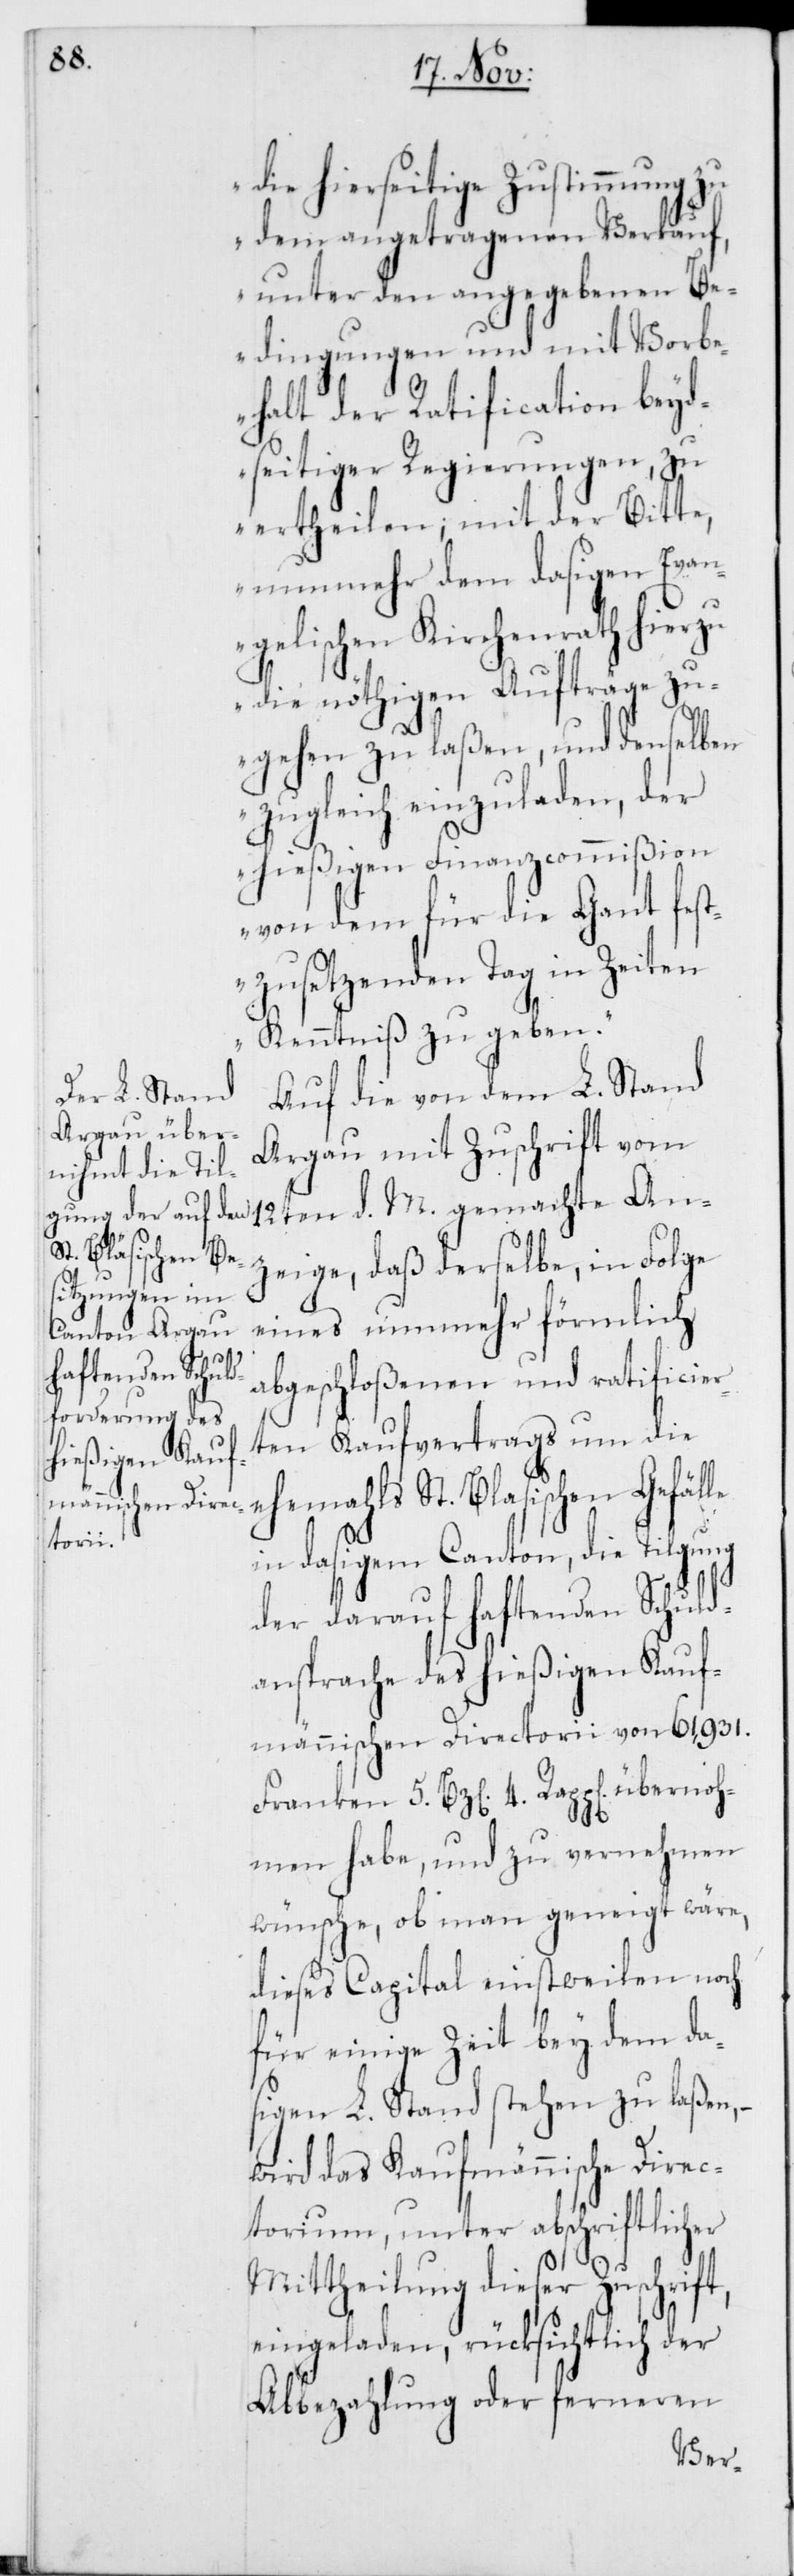
die hierseitige Zustimmung zu
dem angetragenen Verkauf,
unter den angegebenen Be¬
dingungen und mit Vorbe¬
halt der Ratification beyd¬
seitiger Regierungen, zu
ertheilen; mit der Bitte,
nunmehr dem dasigen Evan¬
gelischen Kirchenrath hierzu
die nöthigen Aufträge zu¬
gehen zu laßen, und denselben
zugleich einzuladen, der
hießigen Finanzcommißion
von dem für die Gant fest¬
zusetzenden Tag in Zeiten
Kenntniß zu geben.“
Auf die von dem L. Stand
Argau mit Zuschrift vom
12ten d. M. gemachte An¬
zeige, daß derselbe, in Folge
eines nunmehr förmlich
abgeschloßenen und ratificier¬
ten Kaufvertrags um die
ehemahls St. Blasischen Gefälle
in dasigem Canton, die Tilgung
der darauf haftenden Schuld¬
ansprache des hießigen Kauf¬
männischen Directorii von 61,931.
Franken 5. Bz[en] 4. Rapp[en] übernoh¬
men habe, und zu vernehmen
wünsche, ob man geneigt wäre,
dieses Capital einstweilen noch
für einige Zeit bey dem da¬
sigen L. Stand stehen zu laßen,
wird das Kaufmännische Direc¬
torium, unter abschriftlicher
Mittheilung dieser Zuschrift,
eingeladen, rücksichtlich der
Abbezahlung oder ferneren